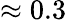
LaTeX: \approx 0.3